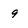
Character: 9